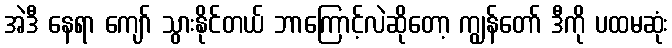
အဲဒီ နေရာ ကျော် သွားနိုင်တယ် ဘာကြောင့်လဲဆိုတော့ ကျွန်တော် ဒီကို ပထမဆုံး